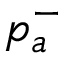
\mathfrak { p } _ { a } ^ { - }